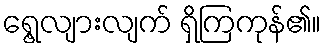
ရွေ့လျားလျက် ရှိကြကုန်၏။